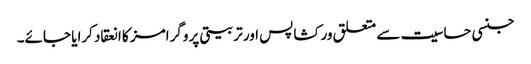
جنسی حساسیت سے متعلق ورکشاپس اور تربیتی پروگرامز کا انعقاد کرایا جائے۔